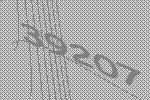
39207